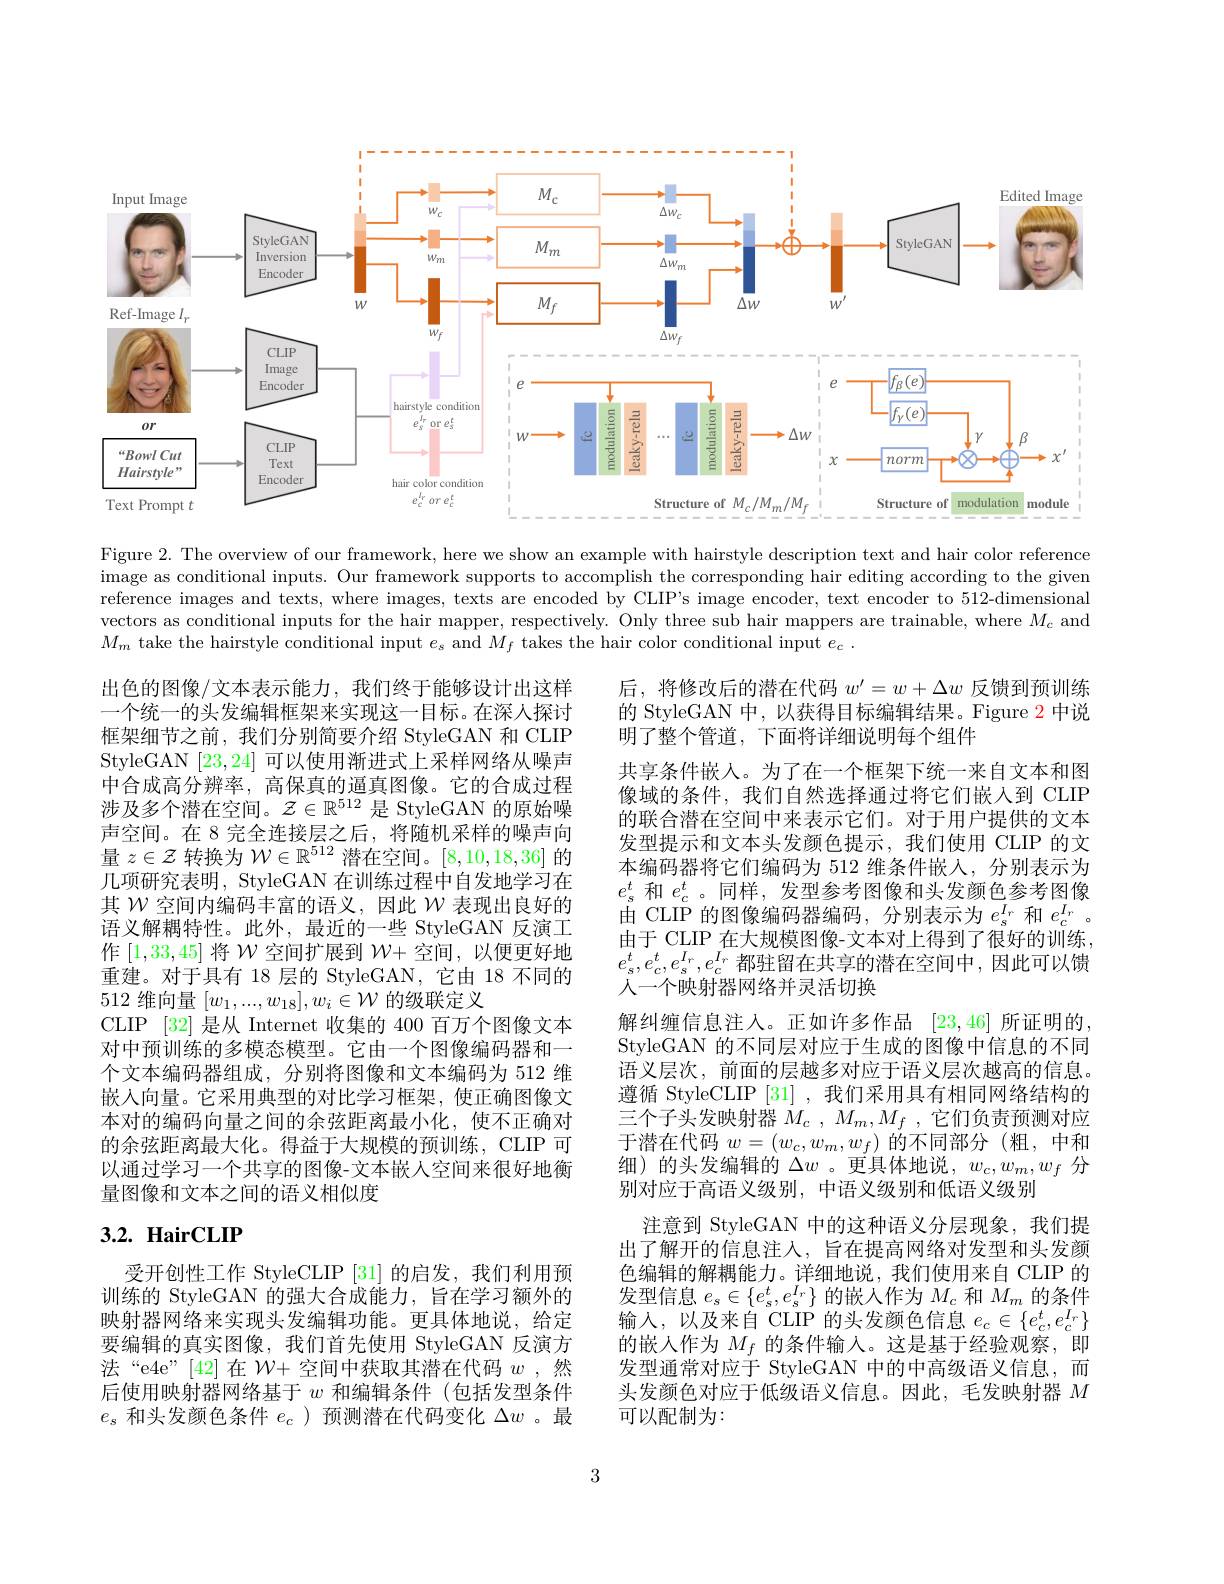
<FigureHere>

Figure 2. The overview of our framework, here we show an example with hairstyle description text and hair color reference $\begin{array}{c}\mathrm{image~as~conditional~inputs.~Our~framework~supports~to~accomplish~the~corresponding~hair~editing~according~to~the~given}\\\end{array}$ reference images and texts, where images, texts are encoded by CLIP's image encoder, text encoder to 512-dimensional vectors as conditional inputs for the hair mapper, respectively. Only three sub hair mappers are trainable, where $M_c$ and $M_m$ take the hairstyle conditional input $e_s$ and $M_f$ takes the hair color conditional input $e_c.$

出色的图像/文本表示能力，我们终于能够设计出这样一个统一的头发编辑框架来实现这一目标。在深人探讨框架细节之前，我们分别简要介绍 StyleGAN 和 CLIP StyleGAN [23,24]可以使用渐进式上采样网络从噪声中合成高分辨率，高保真的逼真图像。它的合成过程涉及多个潜在空间。$\mathcal{Z}\in\mathbb{R}^{512}$是 StyleGAN 的原始噪声空间。在 8 完全连接层之后，将随机采样的噪声向量$z\in\mathcal{Z}$转换为$\mathcal{W}\in\mathbb{R}^512$潜在空间。[8,10,18,36]的几项研究表明，StyleGAN 在训练过程中自发地学习在其$\mathcal{W}$空间内编码丰富的语义，因此$\mathcal{W}$表现出良好的语义解耦特性。此外，最近的一些 StyleGAN 反演工作[1,33,45]将$\mathcal{W}$空间扩展到$\mathcal{W}+$空间，以便更好地重建。对于具有 18 层的 StyleGAN, 它由 18 不同的512 维向量$[w_1,...,w_{18}],w_i\in\mathcal{W}$的级联定义
CLIP [32] 是从 Internet 收集的 400 百万个图像文本对中预训练的多模态模型。它由一个图像编码器和一个文本编码器组成，分别将图像和文本编码为 512 维嵌入向量。它采用典型的对比学习框架，使正确图像文本对的编码向量之间的余弦距离最小化，使不正确对的余弦距离最大化。得益于大规模的预训练，CLIP 可以通过学习一个共享的图像-文本嵌人空间来很好地衡量图像和文本之间的语义相似度

后，将修改后的潜在代码$w^\prime=w+\Delta w$反馈到预训练的 StyleGAN 中，以获得目标编辑结果。Figure 2 中说明了整个管道，下面将详细说明每个组件
共享条件嵌人。为了在一个框架下统一来自文本和图像域的条件，我们自然选择通过将它们嵌入到 CLIP 的联合潜在空间中来表示它们。对于用户提供的文本发型提示和文本头发颜色提示，我们使用 CLIP 的文本编码器将它们编码为 512 维条件嵌人，分别表示为$e_s^t$和$e_c^t$ 。同样 ,发型参考图像和头发颜色参考图像由 CLIP 的图像编码器编码，分别表示为$e_s^{I_r}$和$e_c^{I_r}$。由于 CLIP 在大规模图像-文本对上得到了很好的训练， $e_s^t,e_c^t,e_s^{I_r},e_c^{I_r}$都驻留在共享的潜在空间中，因此可以馈人一个映射器网络并灵活切换
解纠缠信息注入。正如许多作品[23,46]所证明的， StyleGAN 的不同层对应于生成的图像中信息的不同语义层次，前面的层越多对应于语义层次越高的信息。遵循 StyleCLIP [31] ,我们采用具有相同网络结构的三个子头发映射器$M_c$ , $M_m, M_f$ ,它们负责预测对应于潜在代码 $w=\left(w_c,w_m,w_f\right)$的不同部分(粗，中和细)的头发编辑的$\Delta w$ 。更具体地说，$w_c,w_m,w_f$分别对应于高语义级别，中语义级别和低语义级别
注意到 StyleGAN 中的这种语义分层现象，我们提出了解开的信息注人，旨在提高网络对发型和头发颜色编辑的解耦能力。详细地说，我们使用来自 CLIP 的发型信息$e_s\in\{e_s^t,e_s^{I_r}\}$的嵌人作为$M_c$和$M_m$的条件输入，以及来自 CLIP 的头发颜色信息$e_c\in\{e_c^t,e_c^{I_r}\}$ 的嵌入作为$M_f$的条件输入。这是基于经验观察，即发型通常对应于 StyleGAN 中的中高级语义信息，而头发颜色对应于低级语义信息。因此，毛发映射器$M$ 可以配制为：

# 3.2. HairCLIP

受开创性工作 StyleCLIP [31] 的启发，我们利用预训练的 StyleGAN 的强大合成能力，旨在学习额外的映射器网络来实现头发编辑功能。更具体地说，给定要编辑的真实图像，我们首先使用 StyleGAN 反演方法“e4e”[42]在 $\mathcal{W}+$空间中获取其潜在代码 $w$ ,然后使用映射器网络基于$w$和编辑条件(包括发型条件$e_s$和头发颜色条件$e_c$ )预测潜在代码变化$\Delta w$ 。最

3